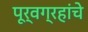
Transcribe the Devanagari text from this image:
पूर्वग्रहांचे